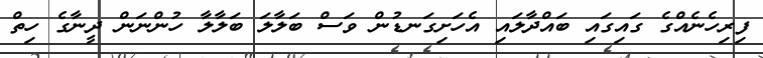
ފިރިހެނެއްގެ ގައިގައި ބައްދާލައި އެހަށިގަނޑުން ވަސް ބަލާލަ ބަލާލާ ހުންނަން ދީނާގެ ހިތް